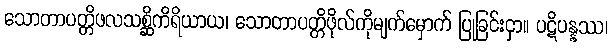
သောတာပတ္တိဖလသစ္ဆိကိရိယာယ၊ သောတာပတ္တိဖိုလ်ကိုမျက်မှောက် ပြုခြင်းငှာ။ ပဋိပန္နဿ၊